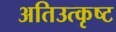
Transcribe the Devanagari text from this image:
अतिउत्कृष्ट